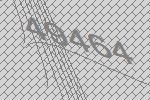
49464